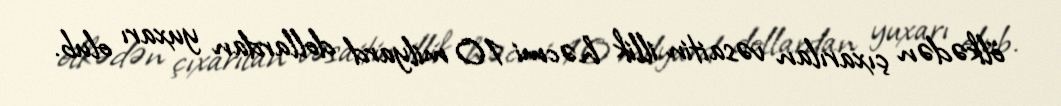
ölkədən çıxarılan vəsaitin illik həcmi 10 milyard dollardan yuxarı olub.